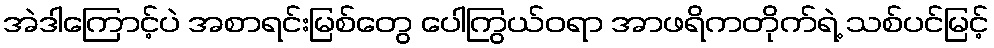
အဲဒါကြောင့်ပဲ အစာရင်းမြစ်တွေ ပေါကြွယ်ဝရာ အာဖရိကတိုက်ရဲ့ သစ်ပင်မြင့်